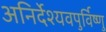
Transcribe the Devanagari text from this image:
अनिर्देश्यवपुर्विष्णु